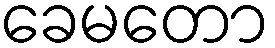
ခေမတော